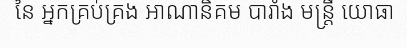
នៃ អ្នកគ្រប់គ្រង អាណានិគម បារាំង មន្ត្រី យោធា